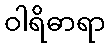
ဝါရိဓာရာ